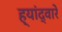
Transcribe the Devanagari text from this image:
ह्यांद्वारे